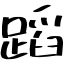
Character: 蹈